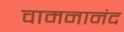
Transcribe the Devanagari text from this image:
वामनानंद